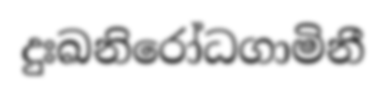
දුඃඛනිරෝධගාමිනී